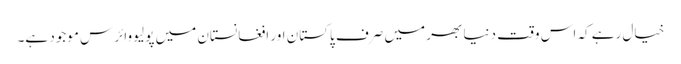
خیال رہے کہ اس وقت دنیا بھر میں صرف پاکستان اور افغانستان میں پولیو وائرس موجود ہے۔